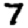
Digit: 7